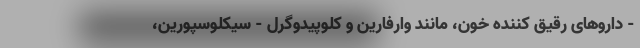
- داروهای رقیق کننده خون، مانند وارفارین و کلوپیدوگرل - سیکلوسپورین،